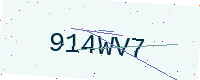
Text: 914WV7